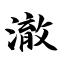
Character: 澈